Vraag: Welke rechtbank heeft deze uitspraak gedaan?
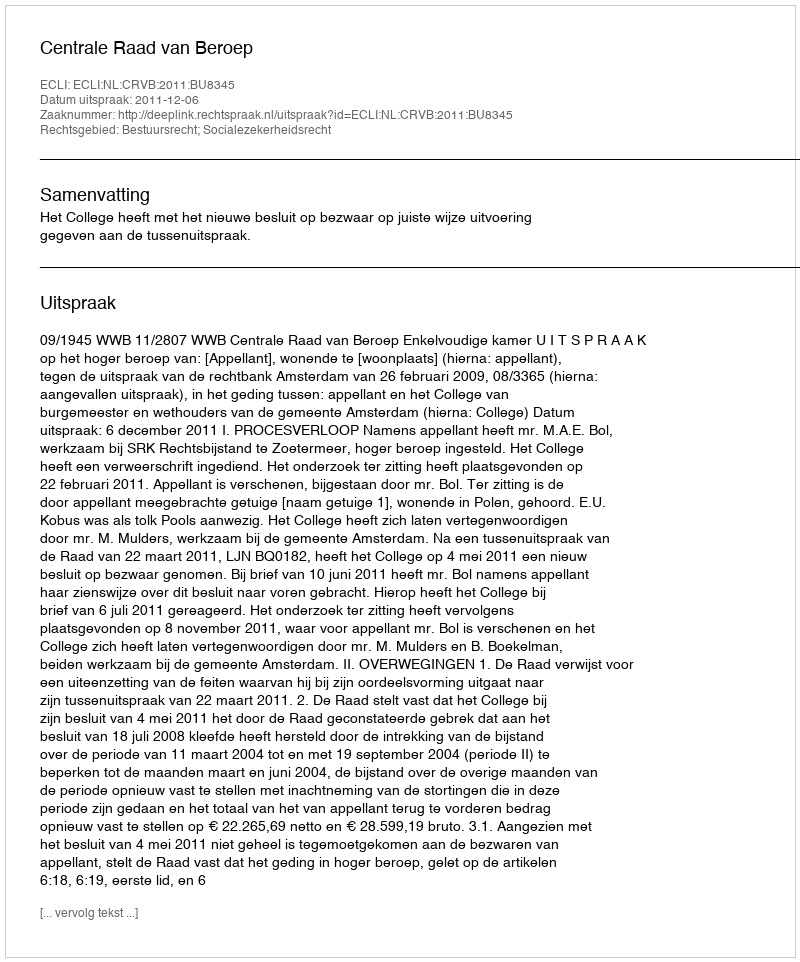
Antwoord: Centrale Raad van Beroep